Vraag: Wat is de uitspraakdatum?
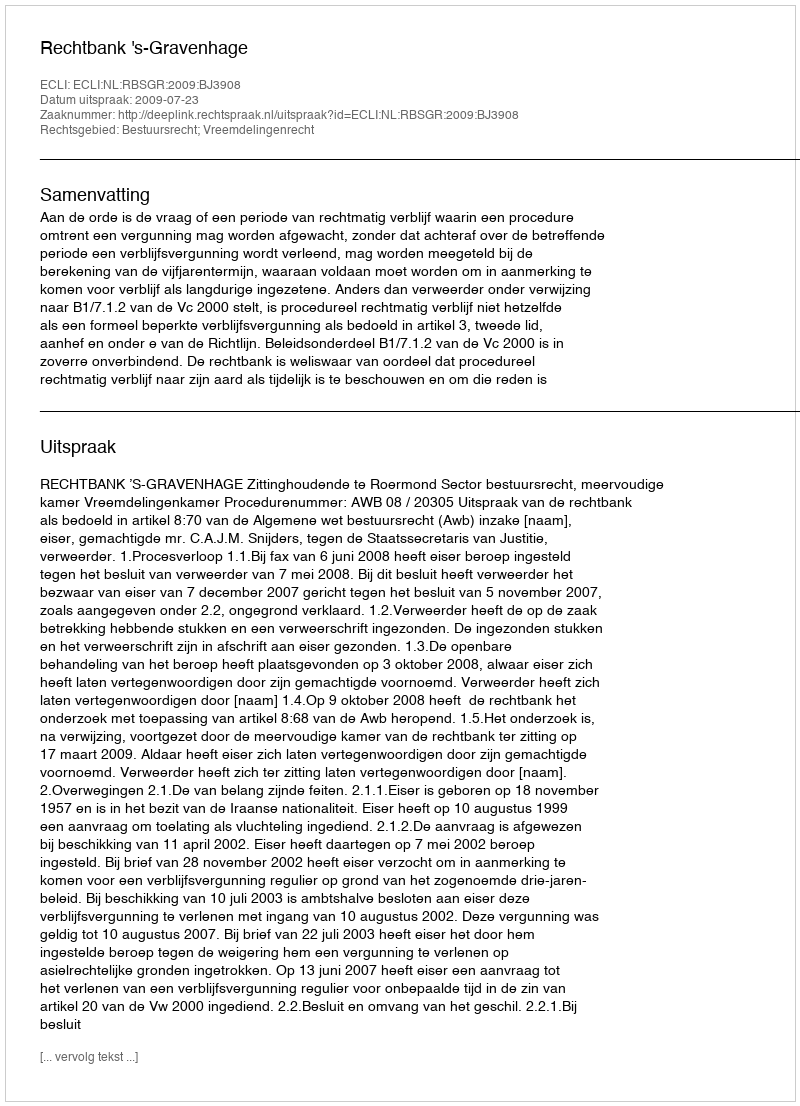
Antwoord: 2009-07-23